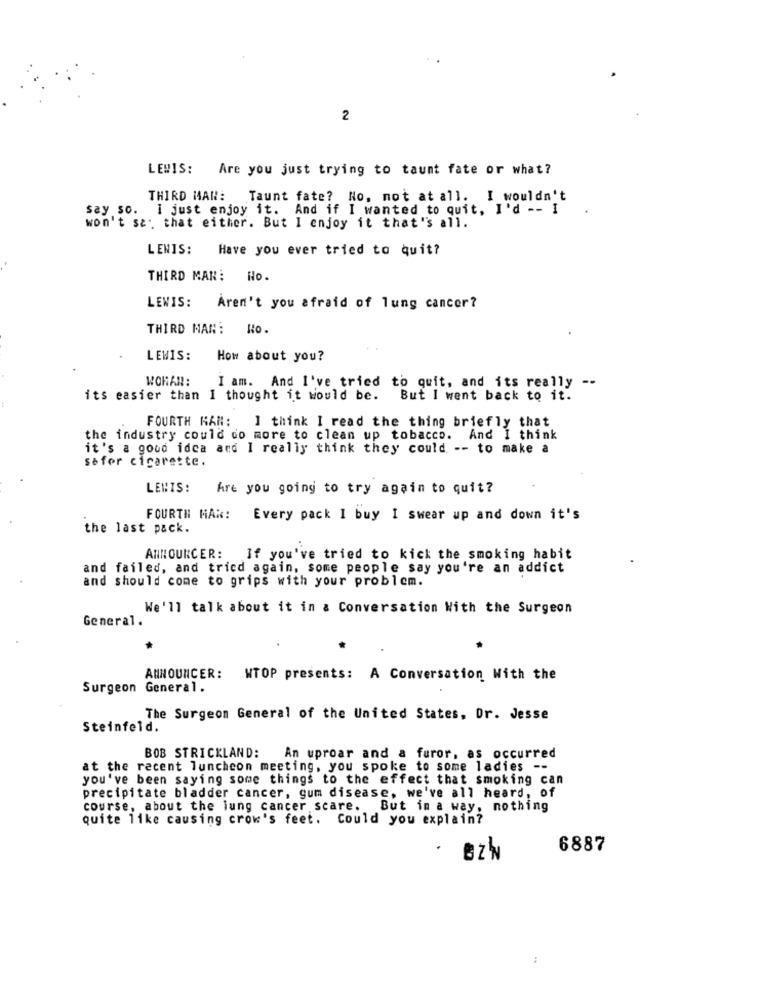
2
LEWIS:
Are you just trying to taunt fate or what?
THIRD MAN:
Taunt fate? No, not at all. I wouldn't
say so.
i just enjoy it. And if I wanted to quit, I'd -- I
won't say that either. But I enjoy it that's all.
LENIS:
Have you ever tried to quit?
THIRD MAN: Ho.
LEWIS:
Aren't you afraid of lung cancer?
THIRD MAN:
No.
LEWIS:
How about you?
WORAN:
I am. And I've tried to quit, and its really --
its easier than I thought it would be.
But I went back to it.
FOURTH HAN: I think I read the thing briefly that
the industry could do more to clean up tobacco. And I think
it's a good idea and I really think they could -- to make a
sefor cigarette.
LEWIS:
Are you going to try again to quit?
FOURTH HAR: Every pack I buy I swear up and down it's
the last pack.
ANNOUNCER:
If you've tried to kick the smoking habit
and failed, and tried again, some people say you're an addict
and should come to grips with your problem.
We'll talk about it in a Conversation With the Surgeon
General.
ANNOUNCER: WTOP presents: A Conversation With the
Surgeon
General.
The Surgeon General of the United States, Dr. Jesse
Steinfeld.
BOB STRICKLAND:
An uproar and a furor, as occurred
at the recent luncheon meeting, you spoke to some ladies --
you've been saying some things to the effect that smoking can
precipitate bladder cancer, gum disease, we've all heard, of
course, about the lung cancer scare. But in a way, nothing
quite like causing crow's feet. Could you explain?
6887
BZW